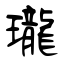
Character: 瓏